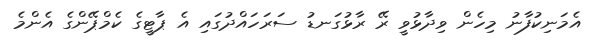
އެމަނިކުފާނު މިހެން ވިދާޅުވީ ރޭ ރާޅުގަނޑު ސަރަހައްދުގައި އެ ޕާޓީގެ ކެމްޕޭންގެ އެންމެ